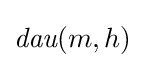
{\textit {dau}}(m,h)